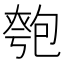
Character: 𠣻